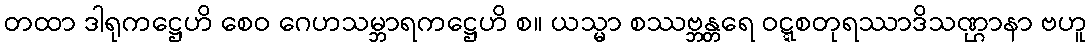
တထာ ဒါရုကဋ္ဌေဟိ စေဝ ဂေဟသမ္ဘာရကဋ္ဌေဟိ စ။ ယသ္မာ စဿဗ္ဘန္တရေ ဝဋ္ဋစတုရဿာဒိသဏ္ဌာနာ ဗဟူ